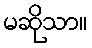
မဆိုသာ။